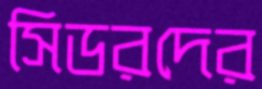
সিডরদের